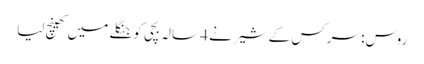
روس: سرکس کے شیر نے 4 سالہ بچی کو جنگلے میں کھینچ لیا